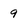
Character: 9